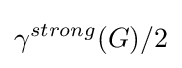
\gamma ^{strong}(G)/2